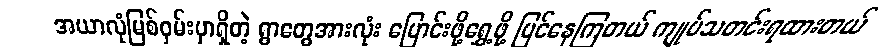
အယာလုံမြစ်ဝှမ်းမှာရှိတဲ့ ရွာတွေအားလုံး ပြောင်းဖို့ရွှေ့ဖို့ ပြင်နေကြတယ် ကျုပ်သတင်းရထားတယ်